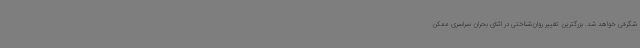
شگرفی خواهد شد. بزرگترین تغییر روان‌شناختی در اثنای بحران سراسری ممکن